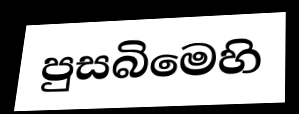
පුසබිමෙහි